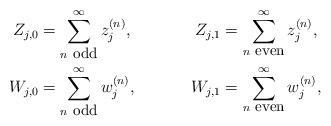
LaTeX: \begin{align*}&& Z_{j,0} &=\sum_{n\hbox{ \small{odd}}}^\infty z_j^{(n)}, & Z_{j,1} &=\sum_{n\hbox{ \small{even}}}^\infty z_j^{(n)},&\\&& W_{j,0} &=\sum_{n\hbox{ \small{odd}}}^\infty w_j^{(n)}, & W_{j,1} &=\sum_{n\hbox{ \small{even}}}^\infty w_j^{(n)},&\end{align*}